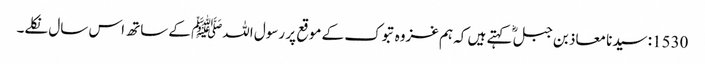
1530: سیدنا معاذ بن جبلؓ کہتے ہیں کہ ہم غزوہ تبوک کے موقع پر رسول اللہﷺ کے ساتھ اس سال نکلے۔